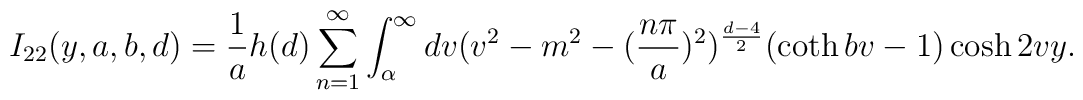
I_{22}(y,a,b,d)=\frac{1}{a}h(d)\sum_{n=1}^{\infty} \int_{\alpha }^{\infty} dv(v^{2}-m^{2}-(\frac{n\pi}{a})^{2})^{\frac{d-4}{2}}(\coth bv-1)\cosh 2vy.